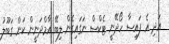
އަދި އެ ފައިސާ ހޯދޭނީ ޓެކްސް ނަގައިގެން ލިބޭ އާމްދަނީން ކަން ގަބޫލު